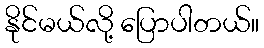
နိုင်မယ်လို့ ပြောပါတယ်။